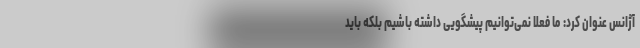
آژانس عنوان کرد: ما فعلاً نمی‌توانیم پیشگویی داشته باشیم بلکه باید